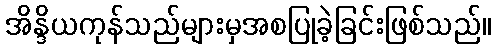
အိန္ဒိယကုန်သည်များမှအစပြုခဲ့ခြင်းဖြစ်သည်။